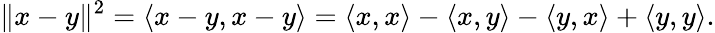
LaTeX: \| x-y\| ^{2}=\langle x-y,x-y\rangle=\langle x,x\rangle-\langle x,y\rangle-\langle y,x\rangle+\langle y,y\rangle.